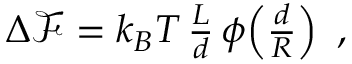
\begin{array} { r } { \Delta \mathcal { F } = k _ { B } T \, \frac { L } { d } \, \phi \! \left( \frac { d } { R } \right) ~ , } \end{array}